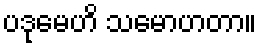
ပဒုမေဟိ သမောဟတာ။